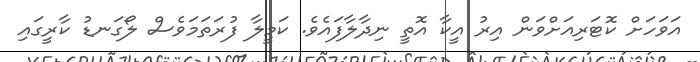
އަވަހަށް ކޮޓަރިއަށްވަން އިރު އީކާ އޮތީ ނިދާލާފައެވެ. ކަމީލާ ފުރަތަމަވެސް ލޯގަނޑު ކާރީގައި